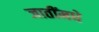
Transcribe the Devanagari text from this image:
जातींमधे